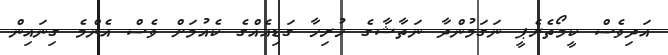
އަދިވެސް ކީމޯތެރެޕީ ނަގަމުންދާ ނަތާޝާގެ ހުރިހާ ގަޑިއެއްގެ ކެއުމަށް ވެސް އެންމެ ގިނައިން